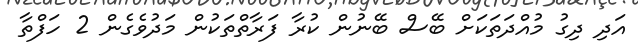
އަދި ދިގު މުއްދަތަކަށް ބޭސް ބޭނުން ކުރާ ފަރާތްތަކުން މަދުވެގެން 2 ހަފްތާ